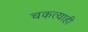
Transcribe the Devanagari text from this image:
चकत्याही